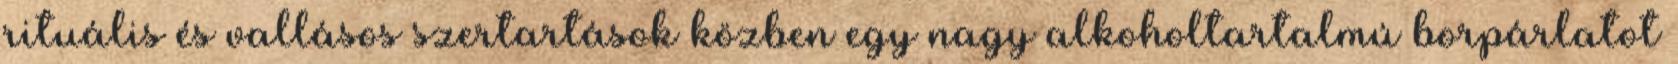
rituális és vallásos szertartások közben egy nagy alkoholtartalmú borpárlatot